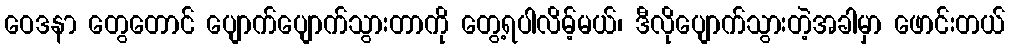
ဝေဒနာ တွေတောင် ပျောက်ပျောက်သွားတာကို တွေ့ရပါလိမ့်မယ်၊ ဒီလိုပျောက်သွားတဲ့အခါမှာ ဖောင်းတယ်